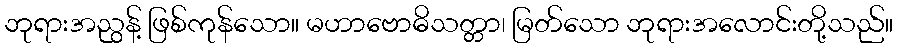
ဘုရားအညွန့် ဖြစ်ကုန်သော။ မဟာဗောဓိသတ္တာ၊ မြတ်သော ဘုရားအလောင်းတို့သည်။